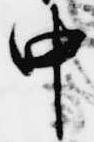
中